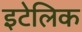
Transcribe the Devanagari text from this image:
इटेलिक